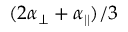
( 2 \alpha _ { \perp } + \alpha _ { | | } ) / 3